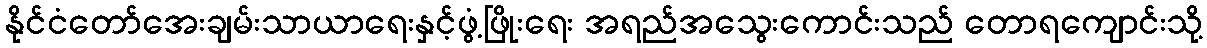
နိုင်ငံတော်အေးချမ်းသာယာရေးနှင့်ဖွံ့ဖြိုးရေး အရည်အသွေးကောင်းသည် တောရကျောင်းသို့